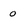
Character: 0